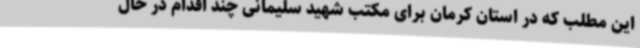
این مطلب که در استان کرمان برای مکتب شهید سلیمانی چند اقدام در حال